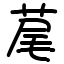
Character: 荱